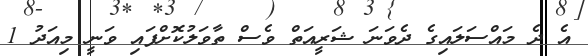
އެ ދެ މައްސަލައިގެ ދެވަނަ ޝަރީއަތް ވެސް ތާވަލުކޮށްފައި ވަނީ މިއަދު 1